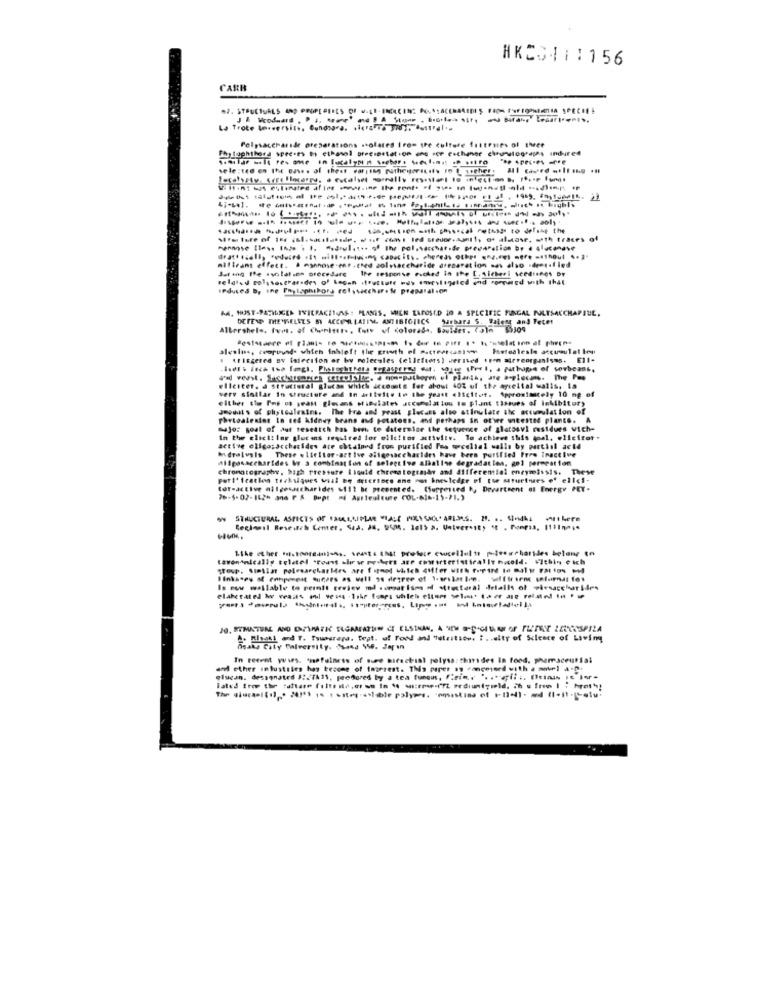
HKCS111156
CARM
La Trote In.versits, Cundsgra. icrais Truly, austral ..
Phytophthora spec-es by ethanol preesestation ens ror esthanor chruautographs indired
Polysaccharide preparations stolates from the culture friteuses of theee
Mfs ture of ise (al.sailatede, west coast ted wieder.aunit, or alscase, Math traces of
milleans effect. A mannose-enr .thed solesaccharide diecarat lon was also .deetaf led
Sutang the asplatsen procedere Ile response ruched in the [. sicheri seedishes by
veld'd polysaccharides o' Lacan ifruttole mus eneilijuted end rompered with that
IFduces b, Ine Phytophthora relssacchar.Me preparation
AA, HUST-PAPILIGER IVICPACITUAS : PLASIS, WHEN EXPOSED 10 A SPECIFIC FUNGAL PULTSACCHAPILE,
DETEN THERELETS B ACCOR LATIM ANTIBIOTICS
Sebara S. Talesz and Teter
Altershele. furt. of Chemists, tute of colorado, Boulder. (Jim $5309
alesims, ceoruuid- which inhleft the growth of Matteer(asive
. tisered By infection or by molecules (ellefiers) derived tron arreorganisms. Ell-
add verst. Sacchargantes sereulalie. a mimsepathoren el planth, ate a-glucans. The Pop
elleiter. @ Structural glucan which accounts for about 40% of the apreital walls, la
very similar in structure and In artisite to the yeast elicitot. Approximately 10 ng of
either che Pos on yeast glosans simulates accumulation to plant 13soues of Inhibitory
Jeouat s of phyteslesins. The Fra and yeast plecans also stimulate the accumulation of
portoalentos in red kidney beans and potatoes. and perhaps in other untested plants. A
major goat of aut research has been to determine the sequence of platosvi residues wich-
In the clicti lar glucans required for elltitos attivite. To achieet this goal. elicitor-
active oligo;accharides are obtained from purified Fus wecelial walls by partist acte
Andralvals These .licitor-active aligesaccharides have been purified Pres inactive
Aligosaccharides Wy a combination of selective allaliwe degradation, gol permeation
chromatography, high pressure liquid chromatogradw and alfferemial eneymissis. These
Perl'Ication techniques will be arterioce ane nos bnesledge of the stuetues ef ellei-
tor-active allgesaccharides +111 be presented. (Supressed k, Drvartsent of Energy PET.
70-5-07-142% and F & Bupt mi Agriculture COL-NI =- 15-21.)
STRUCTURAL ASPECTS OF FAULEMPLAR VIALE POSSACLARIJS. 21. .. Sindhu nikere
Reclamil Reseuch Comer, Sad. Ja, DEM. 1015 a. University st . Poeras, 1111mm ;*
Lawonanically tolatel troat ulu we porkert ate cowirteristicallt hold. Within e ich
Is now wallable to remnit review ml somat Ism of Mtestaral details of wiesaccharides
A. Rinath and T. Tsuperera. Teat. of Food and "stritice, i .. eltr of Science of Living
In recent wws. "hefulness of sure sicechist polysa:thirides In food, phemaceutial
and ether industries hos tesone of fagerest. This paper ss canceserd with . motel a.n.
glucan. designated 1:27A11, peosored by a tea fungus, Fieine '. .*- apli :. (eins is Ier-